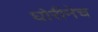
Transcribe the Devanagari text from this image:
घोरीनेच